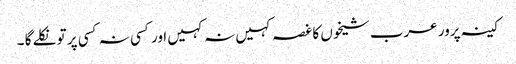
کینہ پرور عرب شیخوں کا غصہ کہیں نہ کہیں اور کسی نہ کسی پر تو نکلے گا ۔